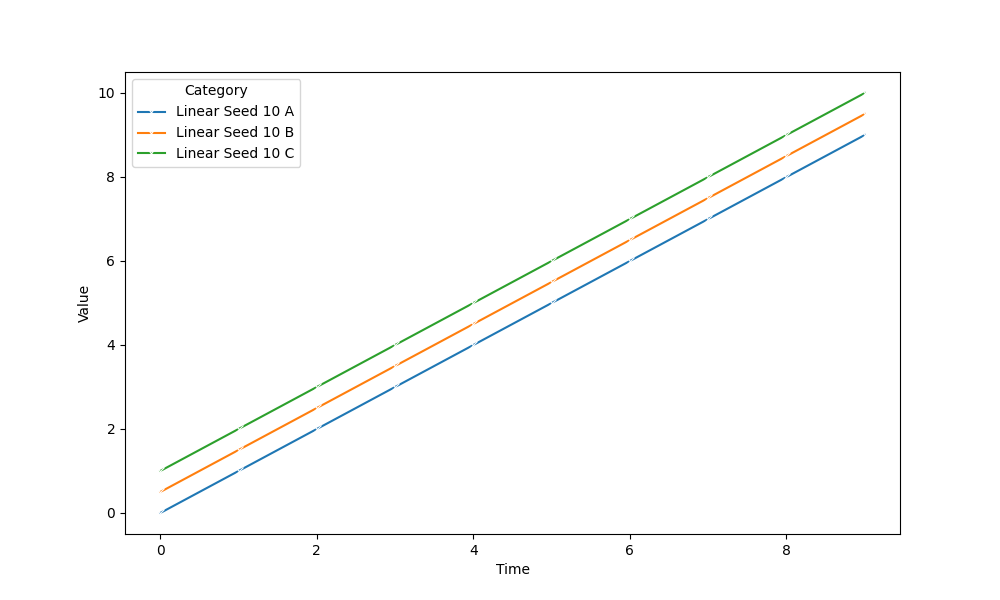
python, seaborn, lineplot, style='solid', marker='x'